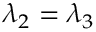
\lambda _ { 2 } = \lambda _ { 3 }